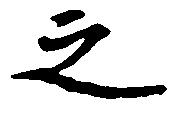
之